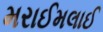
મરાઈમલાઈ